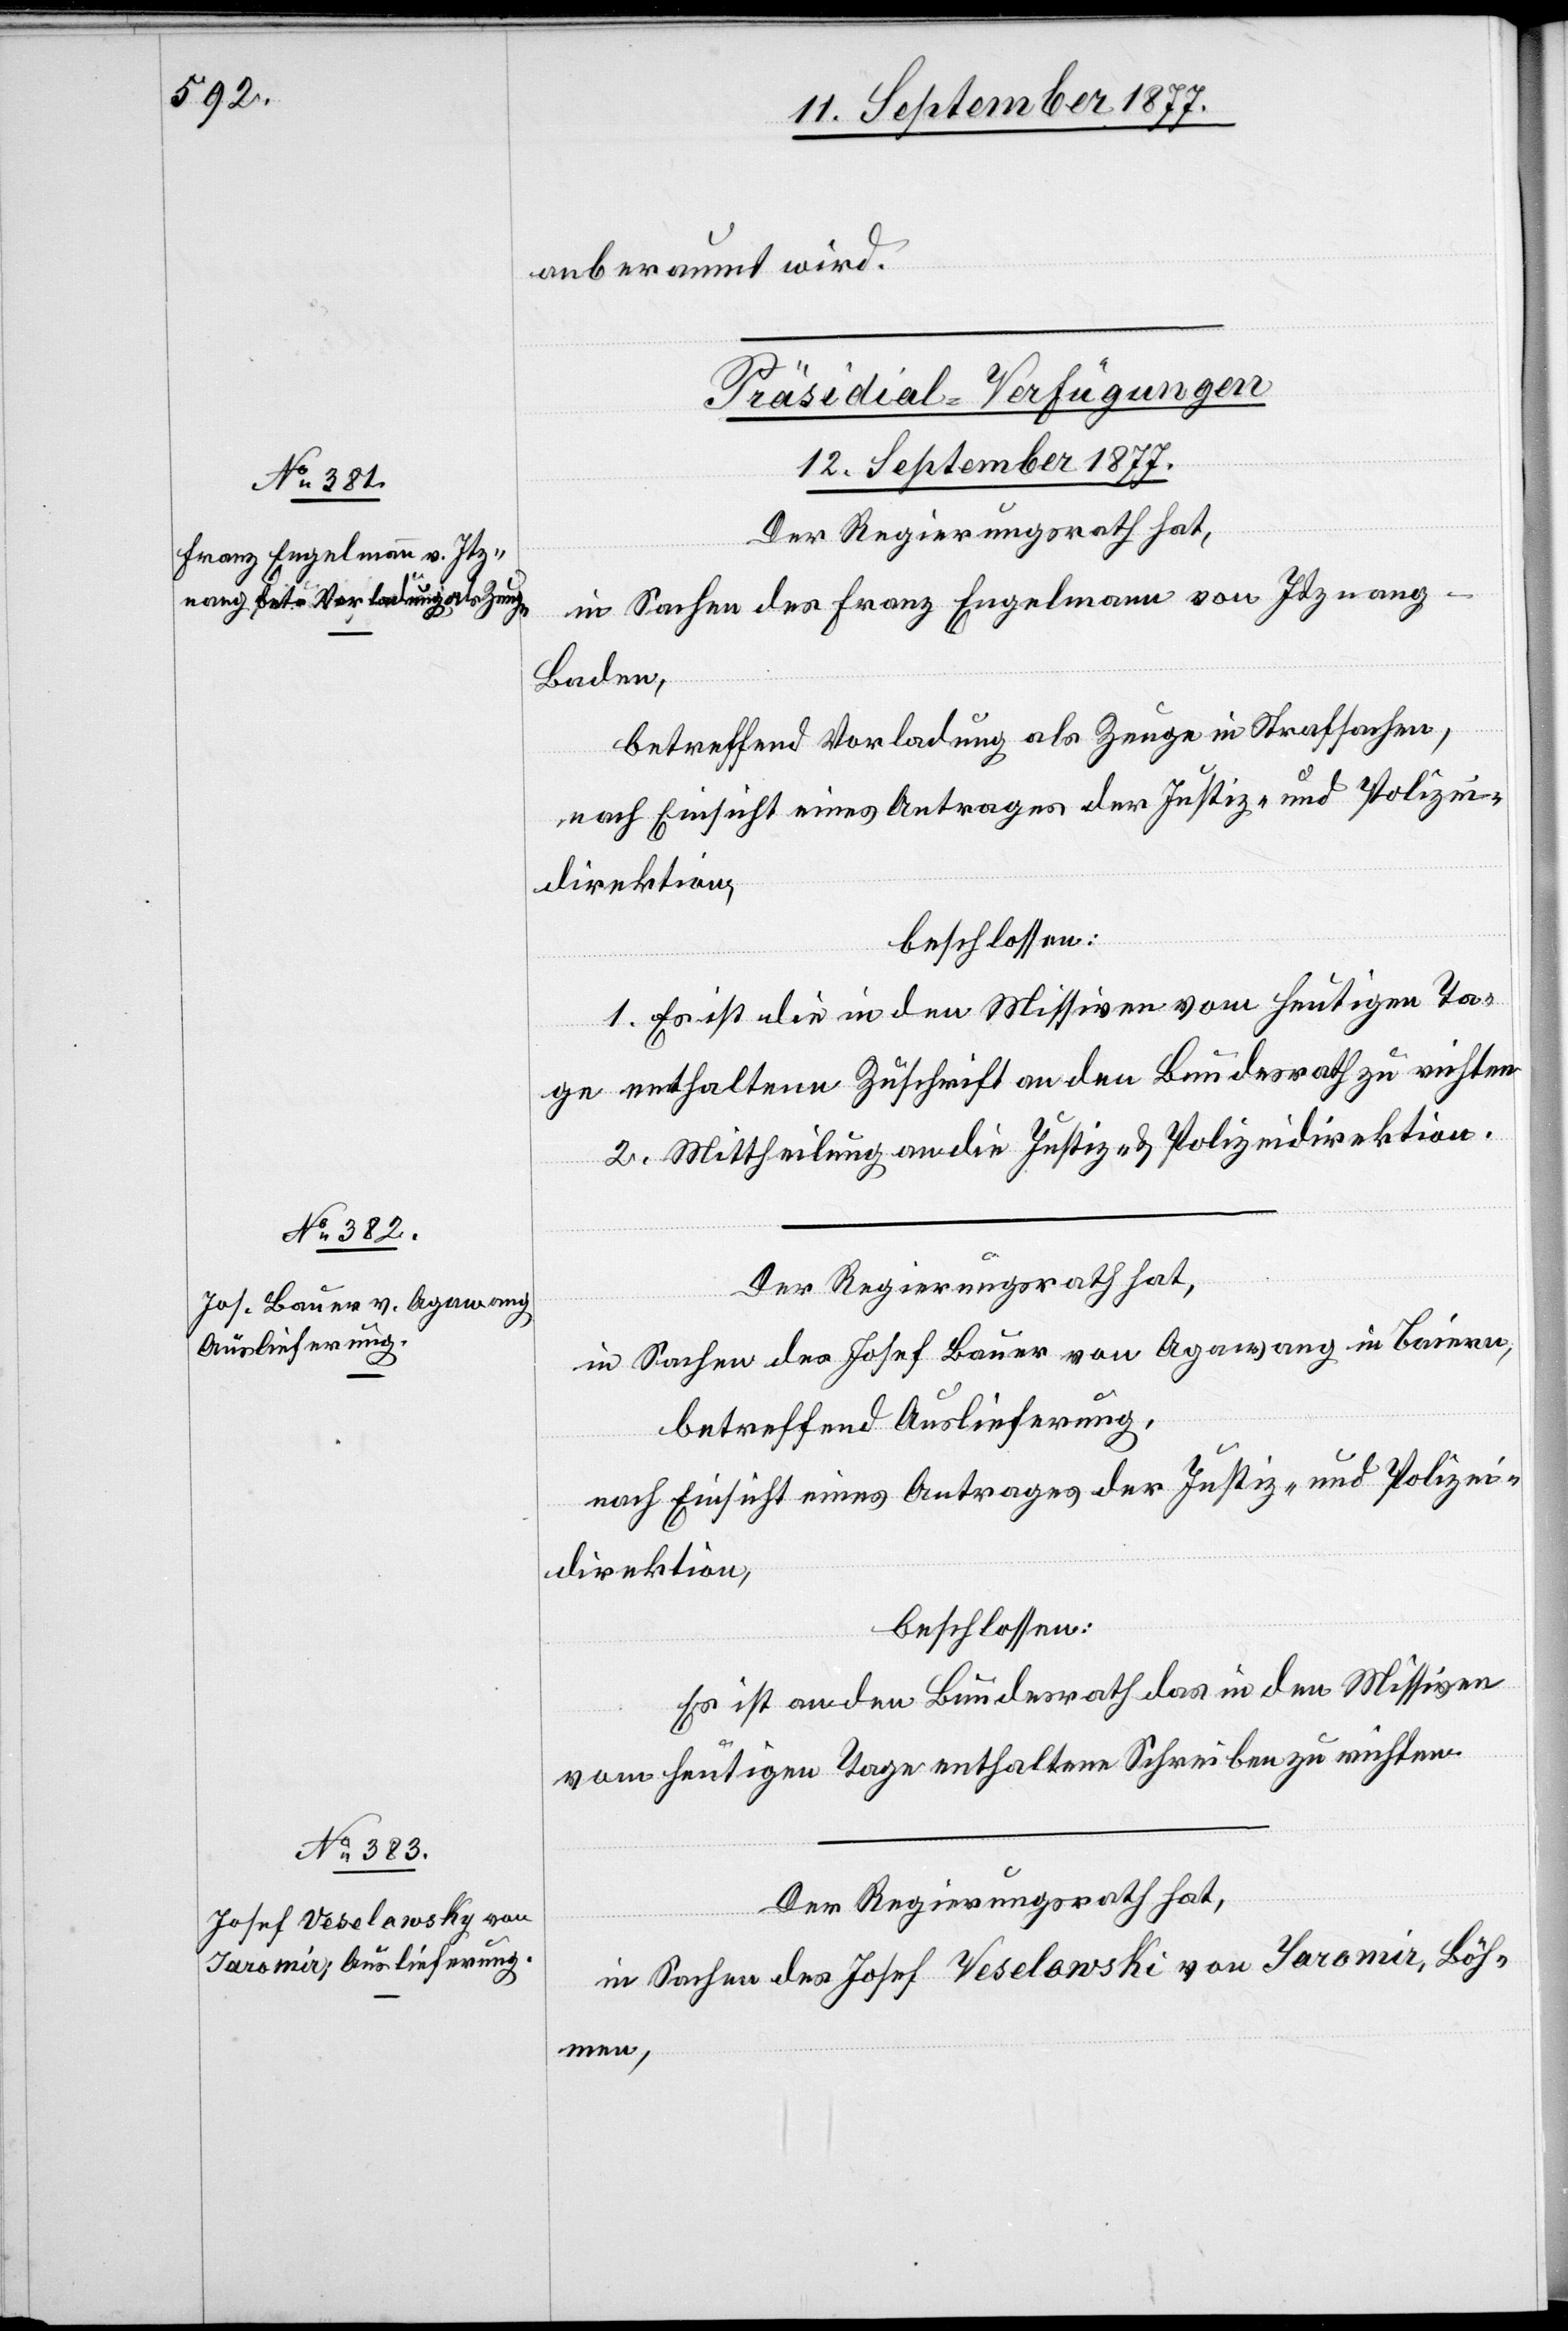
anberaumt wird.
[Präsidial-Verfügungen
12. September 1877.]
Der Regierungsrath hat,
in Sachen des Franz Engelmann von Itznang
Baden,
betreffend Vorladung als Zeuge in Strafsachen,
nach Einsicht eines Antrages der Justiz- und Polizei¬
direktion,
beschlossen:
1. Es ist die in den Missiven vom heutigen Ta¬
ge enthaltene Zuschrift an den Bundesrath zu richten.
2. Mittheilung an die Justiz- & Polizeidirektion.
in Sachen des Josef Bauer von Agawang in Baiern,
betreffend Auslieferung,
nach Einsicht eines Antrages der Justiz- und Polizei¬
direktion,
beschlossen:
Es ist an den Bundesrath das in den Missiven
vom heutigen Tage enthaltene Schreiben zu richten.
in Sachen des Josef Veselowski von Jaromir, Böh¬
men,